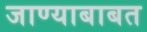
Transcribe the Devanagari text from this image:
जाण्याबाबत